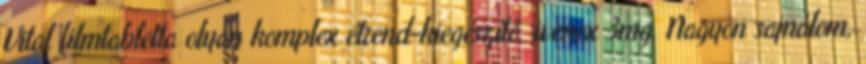
Vital filmtabletta olyan komplex étrend-kiegészítő, ivenox 3mg. Nagyon sajnálom,